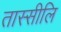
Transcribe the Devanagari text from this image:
तास्सीलि